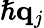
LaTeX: \hslash\mathbf{q}_{j}